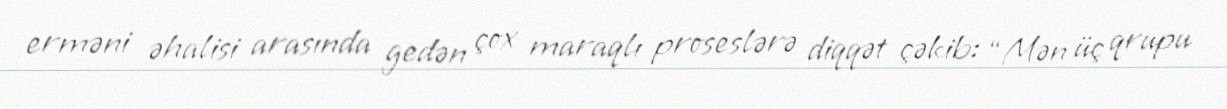
erməni əhalisi arasında gedən çox maraqlı proseslərə diqqət çəkib: “Mən üç qrupu